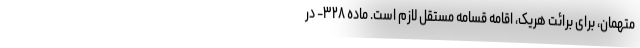
متهمان، برای برائت هریک، اقامه قسامه مستقل لازم است. ماده ۳۲۸- در